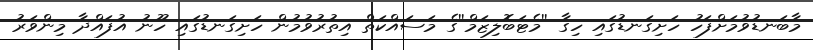
މާބަނޑުވުމަށްފަހު ހަށިގަނޑުގައި ހިގާ ''މެޓަބޮލިޒަމް''ގެ މަސައްކަތް އިތުރުވުމުން ހަށިގަނޑުގައި ހޫނު އުފައްދާ މިންވަރު